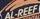
al-reef